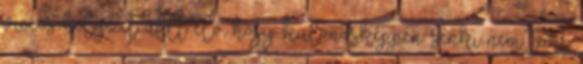
vicces helyzet állt elő, hogy különösképpen senki nem tart